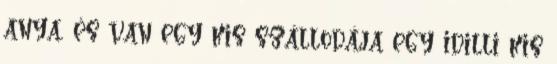
anya, és van egy kis szállodája egy idilli kis